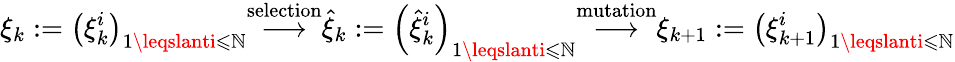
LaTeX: \xi_{k}:=\left(\xi_{k}^{i}\right)_{1\leqslanti\leqslant\mathbb{N}}{\stackrel{\mathrm{{selection}}}{\longrightarrow}}{\widehat{{\xi}}}_{k}:=\left({\widehat{{\xi}}}_{k}^{i}\right)_{1\leqslanti\leqslant\mathbb{N}}{\stackrel{\mathrm{{mutation}}}{\longrightarrow}}\xi_{k+1}:=\left(\xi_{k+1}^{i}\right)_{1\leqslanti\leqslant\mathbb{N}}